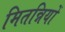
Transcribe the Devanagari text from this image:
मितन्नियों